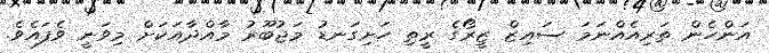
އަންހެން ތަރިއެއްނަމަ ސައިޒް ޒީރޯގެ ރީތި ހަށިގަނޑު މަޖުބޫރު މާއްދާއަކަށް މިވަނީ ވެފައެވެ.